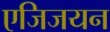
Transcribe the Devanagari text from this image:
एजिजयन